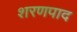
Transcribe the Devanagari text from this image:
शरणपाद